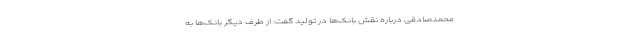
محمدصادقی درباره نقش بانک‌ها در تولید گفت: از طرف دیگر بانک‌ها به